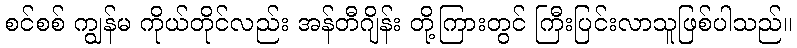
စင်စစ် ကျွန်မ ကိုယ်တိုင်လည်း အန်တီဂျိန်း တို့ကြားတွင် ကြီးပြင်းလာသူဖြစ်ပါသည်။